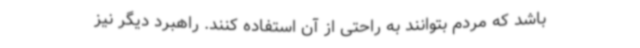
باشد که مردم بتوانند به‌ راحتی از آن استفاده کنند. راهبرد دیگر نیز